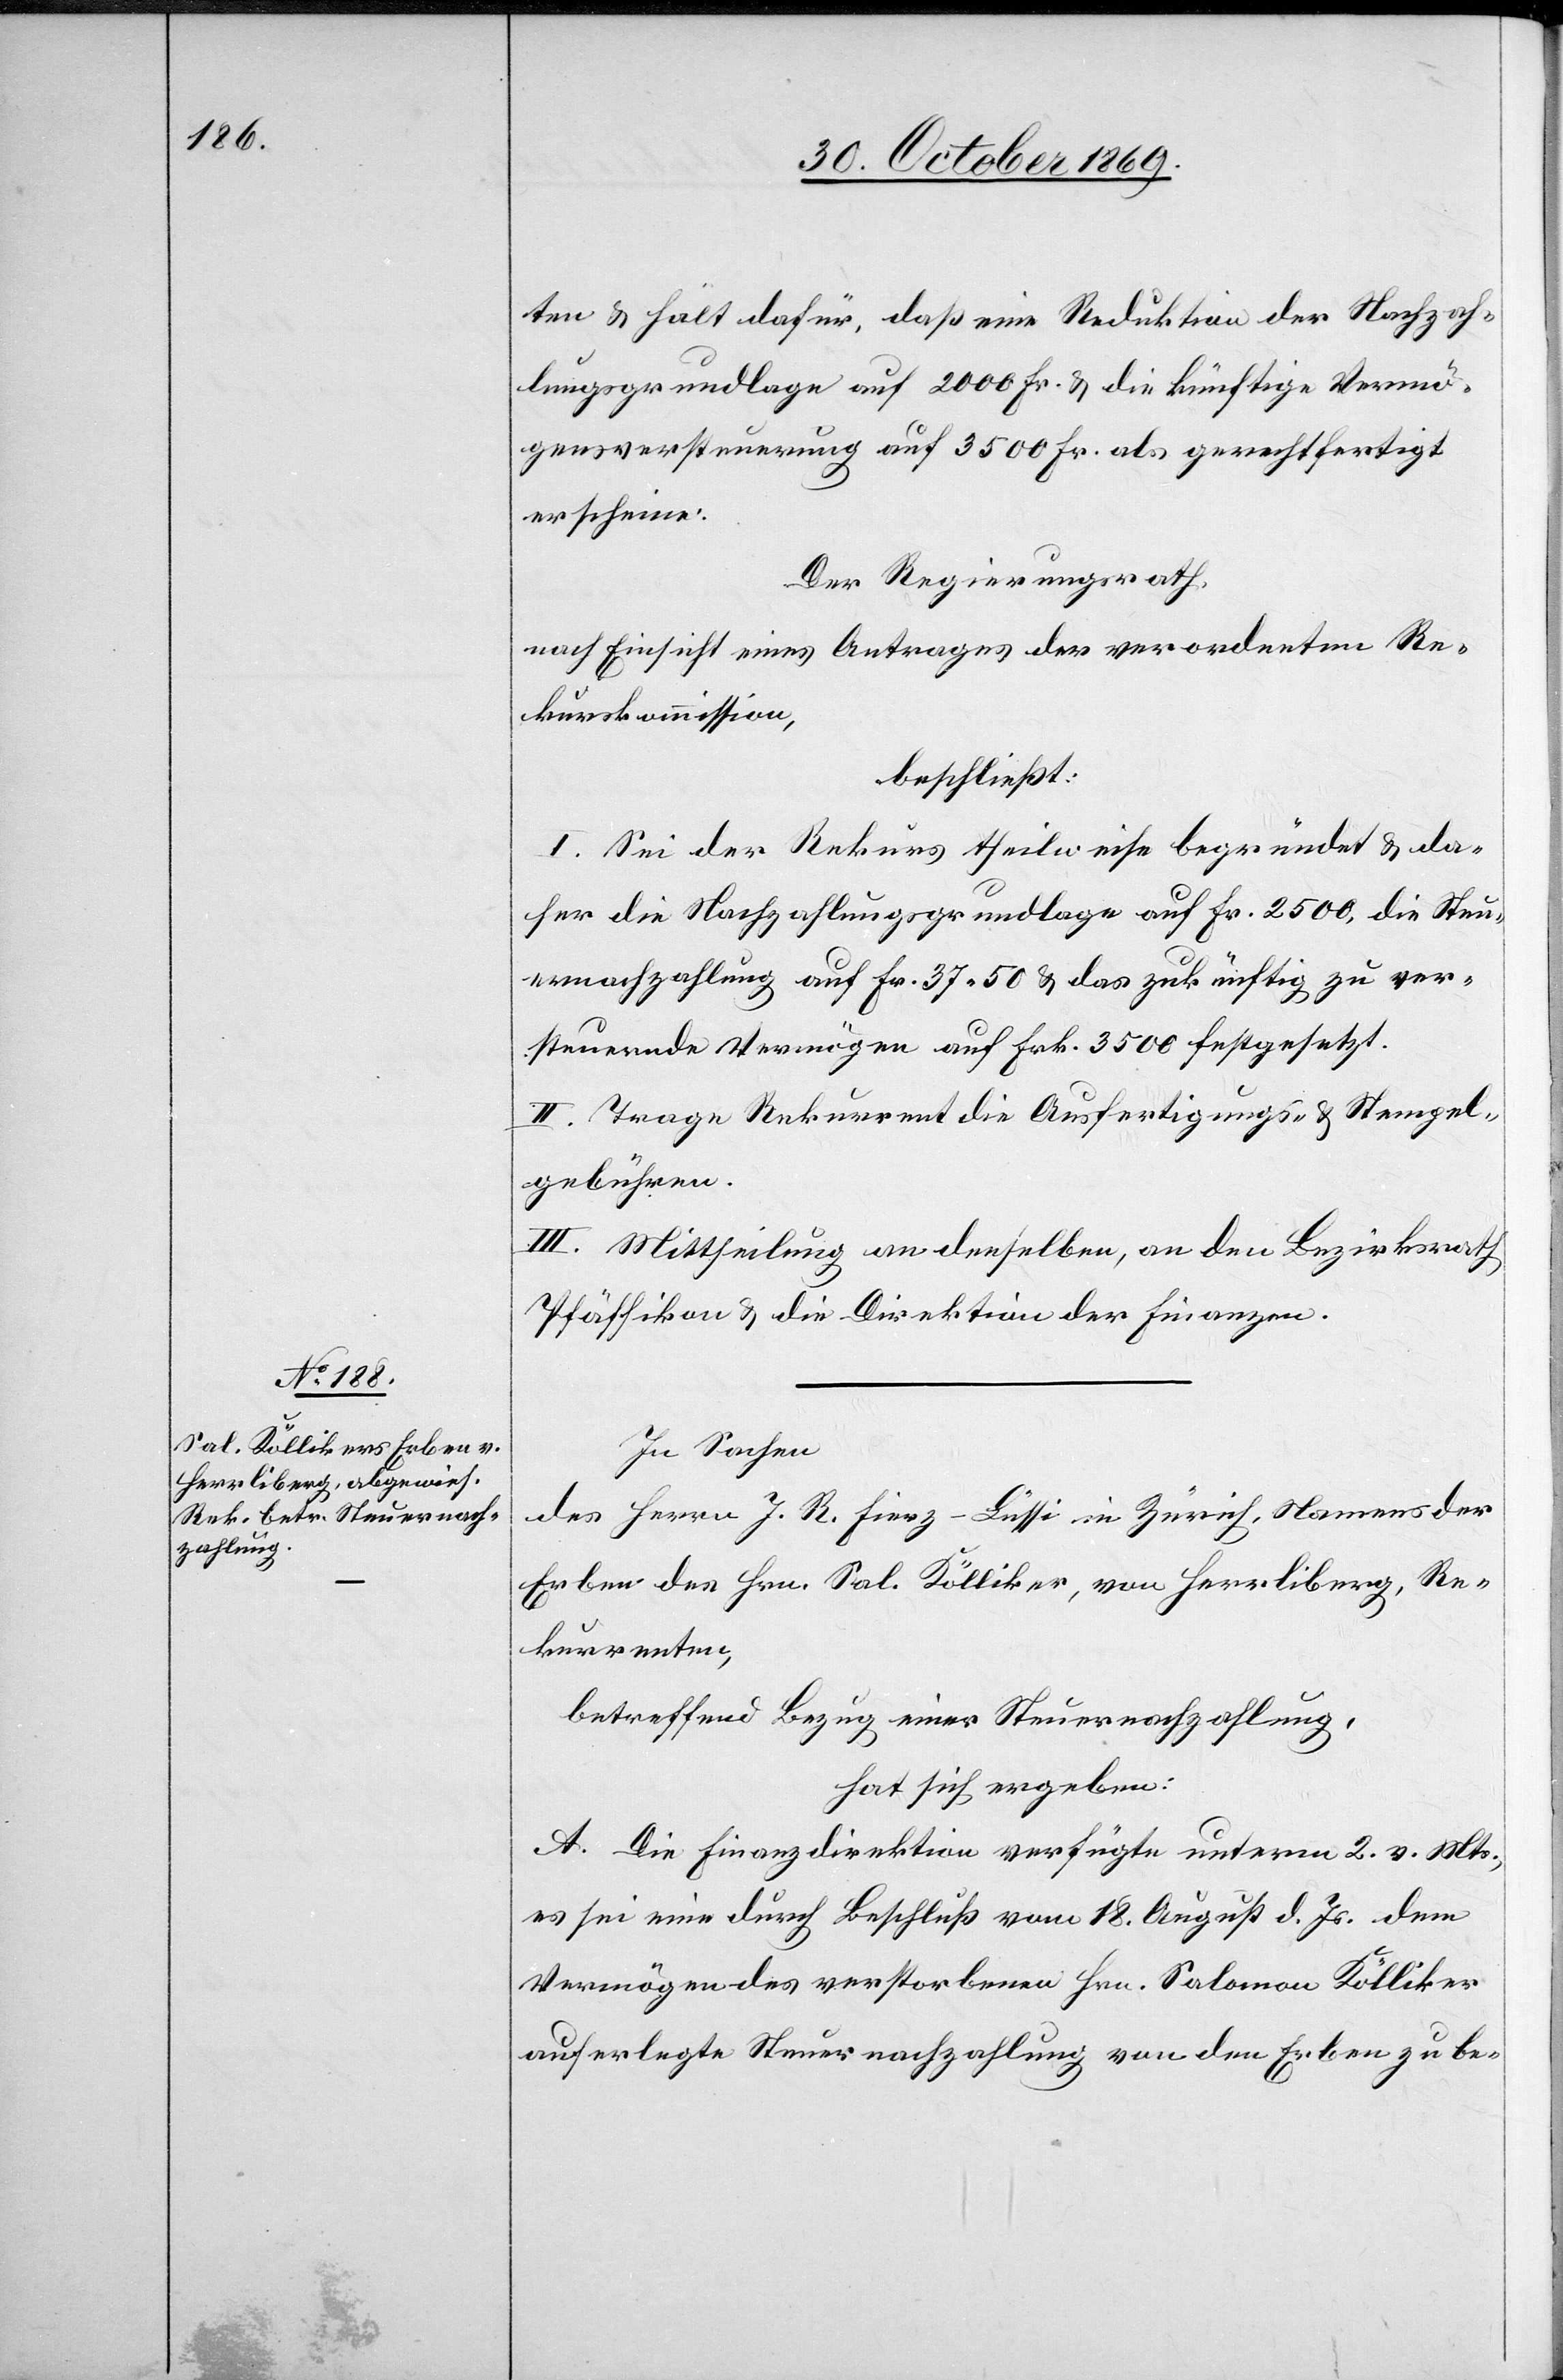
ten & hält dafür, daß eine Reduktion der Nachzah¬
lungsgrundlage auf 2000 Fr. & die künftige Vermö¬
gensversteuerung auf 3500 Fr. als gerechtfertigt
erscheine.
Der Regierungsrath,
nach Einsicht eines Antrages der verordneten Re¬
kurskommission,
beschließt:
I. Sei der Rekurs theilweise begründet & da¬
her die Nachzahlungsgrundlage auf Fr. 2500, die Steu¬
ernachzahlung auf Fr. 37.50 & das zukünftig zu ver¬
steuernde Vermögen auf Frk. 3500 festgesetzt.
II. Trage Rekurrent die Ausfertigungs- & Stempel¬
gebühren.
III. Mittheilung an denselben, an den Bezirksrath
Pfäffikon & die Direktion der Finanzen.
In Sachen
des Herrn J. R. Fierz-Lüssi in Zürich, Namens der
Erben des Hrn. Sal. Kölliker, von Herrliberg, Re¬
kurrenten,
betreffend Bezug einer Steuernachzahlung,
hat sich ergeben:
A. Die Finanzdirektion verfügte unterm 2. v. Mts.,
es sei eine durch Beschluß vom 18. August d. Js. dem
Vermögen des verstorbenen Hrn. Salomon Kölliker
auferlegte Steuernachzahlung von den Erben zu be-